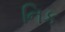
નિક